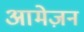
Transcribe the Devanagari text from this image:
आमेज़न